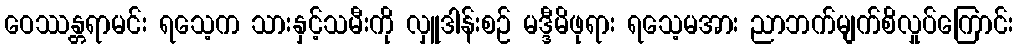
ဝေဿန္တရာမင်း ရသေ့က သားနှင့်သမီးကို လှူဒါန်းစဉ် မဒ္ဒီမိဖုရား ရသေ့မအား ညာဘက်မျက်စိလှုပ်ကြောင်း